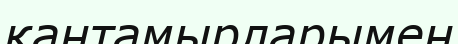
қантамырларымен